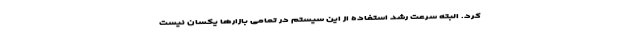
کرد. البته سرعت رشد استفاده از این سیستم در تمامی بازارها یکسان نیست